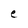
Character: e